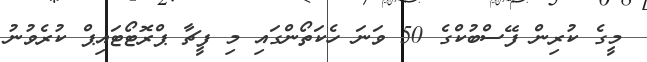
މީގެ ކުރިން ފޭސްބުކްގެ 50 ވަނަ ހެކަތޯންގައި މި ފީޗާ ޕްރޮޓޯޓައިޕް ކުރެވުނު